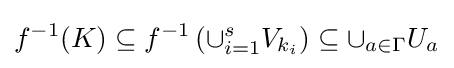
f^{-1}(K)\subseteq f^{-1}\left(\cup _{i=1}^{s}V_{k_{i}}\right)\subseteq \cup _{a\in \Gamma }U_{a}